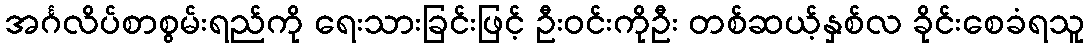
အင်္ဂလိပ်စာစွမ်းရည်ကို ရေးသားခြင်းဖြင့် ဦးဝင်းကိုဦး တစ်ဆယ့်နှစ်လ ခိုင်းစေခံရသူ